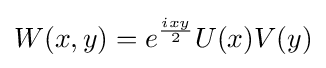
W(x,y)=e^{\frac {ixy}{2}}U(x)V(y)